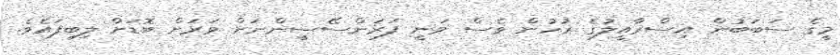
މީގެ ސަބަބުން އިސްރާއީލުގެ ރުހުން ވެސް ވަނީ ފަރަންސޭސީންނަށް ވަރަށް ބޮޑަށް ލިބިފައެވެ.